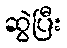
ဆွဲပြီး